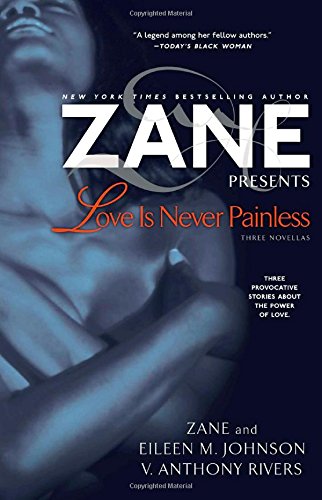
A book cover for Love Is Never Painless: Three Novellas; Zane; Romance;